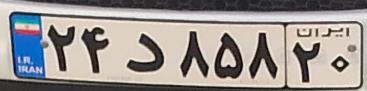
۲۴د۸۵۸۲۰